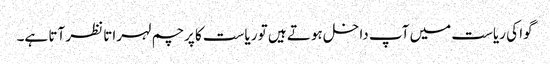
گوا کی ریاست میں آپ داخل ہوتے ہیں تو ریاست کا پرچم لہراتا نظر آتا ہے۔